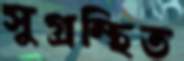
সুগ্রন্থিত